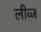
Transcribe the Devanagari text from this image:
लीव्ज